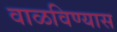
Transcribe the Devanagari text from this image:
वाळविण्यास